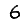
Digit: 6